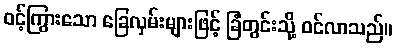
ဝင့်ကြွားသော ခြေလှမ်းများဖြင့် ခြံတွင်းသို့ ဝင်လာသည်။